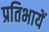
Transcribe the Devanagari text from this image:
प्रतिभायें